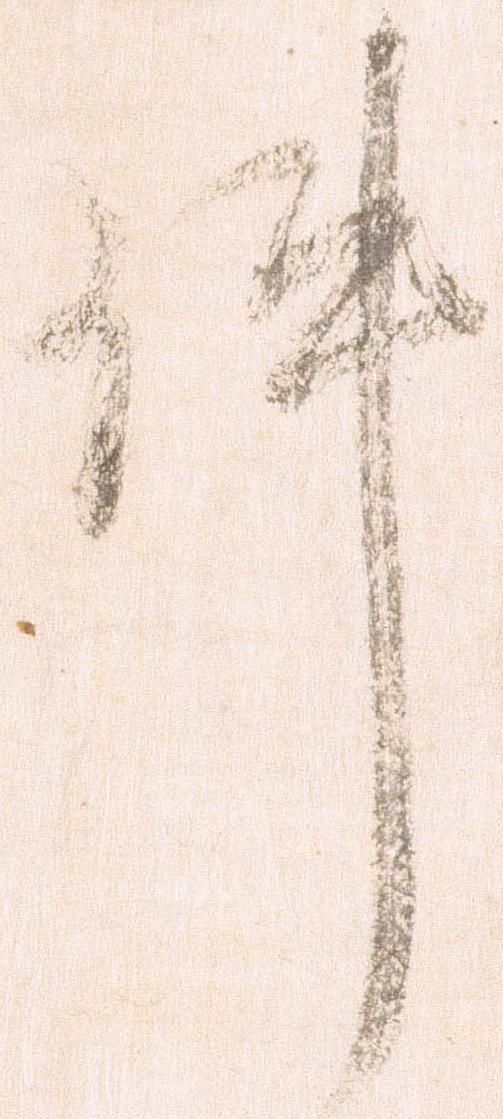
件